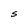
Character: S